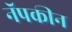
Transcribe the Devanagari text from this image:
नॅपकीन